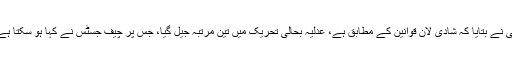
جس پر لان کے مالک جمیل عباسی نے بتایا کہ شادی لان قوانین کے مطابق ہے، عدلیہ بحالی تحریک میں تین مرتبہ جیل گیا، جس پر چیف جسٹس نے کہا ہو سکتا ہے چوتھی مرتبہ بھی جانا پڑ جائے۔